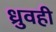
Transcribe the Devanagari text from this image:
ध्रुवही